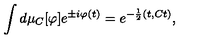
\int d \mu _ { C } [ \varphi ] e ^ { \pm i \varphi ( t ) } = e ^ { - \frac { 1 } { 2 } ( t , C t ) } ,